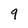
Character: 9